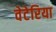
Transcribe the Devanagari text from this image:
वेटेरिया